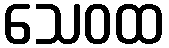
သေဝထ